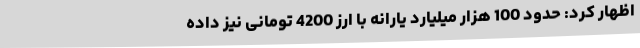
اظهار کرد: حدود 100 هزار میلیارد یارانه با ارز 4200 تومانی نیز داده